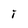
Character: I